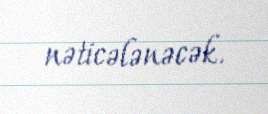
nəticələnəcək.